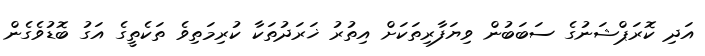
އަދި ކޮރަޕްޝަނުގެ ސަބަބުން ވިޔަފާރިތަކަށް އިތުރު ޚަރަދުތަކާ ކުރިމަތިވެ ތަކެތީގެ އަގު ބޮޑުވެގެން